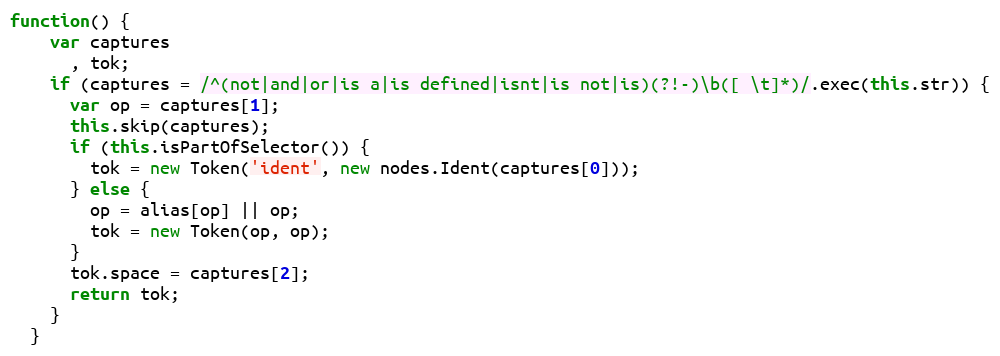
Language: JavaScript
function() {
    var captures
      , tok;
    if (captures = /^(not|and|or|is a|is defined|isnt|is not|is)(?!-)\b([ \t]*)/.exec(this.str)) {
      var op = captures[1];
      this.skip(captures);
      if (this.isPartOfSelector()) {
        tok = new Token('ident', new nodes.Ident(captures[0]));
      } else {
        op = alias[op] || op;
        tok = new Token(op, op);
      }
      tok.space = captures[2];
      return tok;
    }
  }